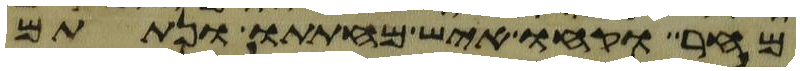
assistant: מחר וקחו איש מחתתו ונתתם